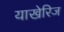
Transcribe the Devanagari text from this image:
याखेरिज